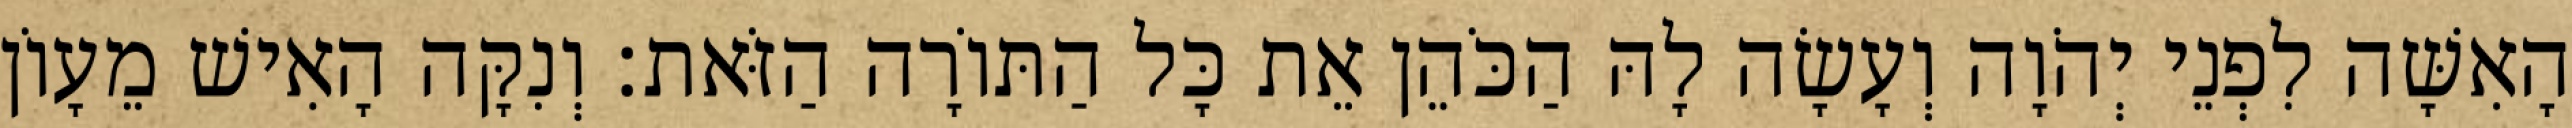
הָאִשָּׁה לִפְנֵי יְהֹוָה וְעָשָׂה לָהּ הַכֹּהֵן אֵת כָּל הַתּוֹרָה הַזֹּאת׃ וְנִקָּה הָאִישׁ מֵעָוֹן